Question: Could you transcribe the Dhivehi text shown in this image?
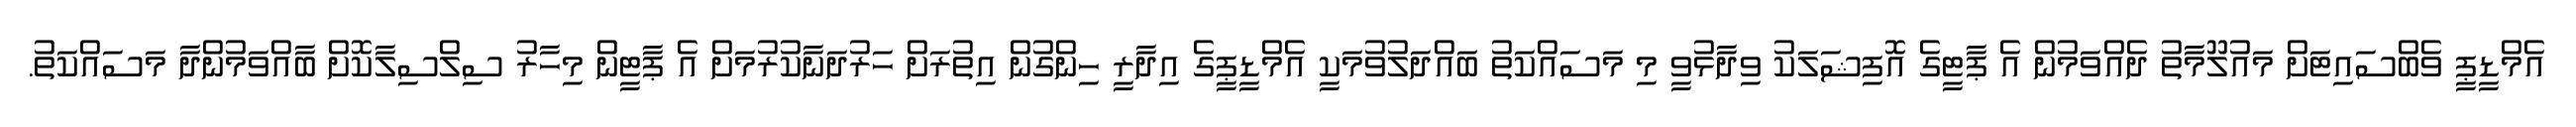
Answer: އެމްޑީޕީ ވެބްސައިޓަށް މައުލޫމާތު ދެއްވަމުން އެ ޕާޓީގެ އޮފިޝަލަކު ވިދާޅުވީ މި މަސައްކަތު ބައްދަލުވުމަކީ އެމްޑީޕީގެ އިދާރީ ހިންގުން އިތުރަށް ހަރުދަނާކުރުމަށް އެ ޕާޓީން މިހާރު ސިލްސިލާކޮށް ބާއްވަމުންދާ މަސައްކަތު.